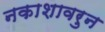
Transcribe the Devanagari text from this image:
नकाशावरुन